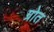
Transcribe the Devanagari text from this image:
ग्रोत